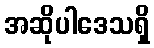
အဆိုပါဒေသရှိ